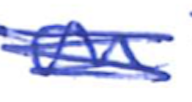
Text: on
Cross-out: scratch
Writing tool: ballpoint